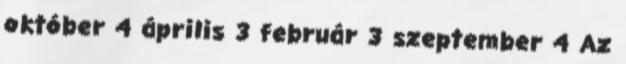
október 4 április 3 február 3 szeptember 4 Az